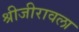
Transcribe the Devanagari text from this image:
श्रीजीरावला